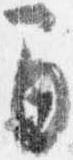
間